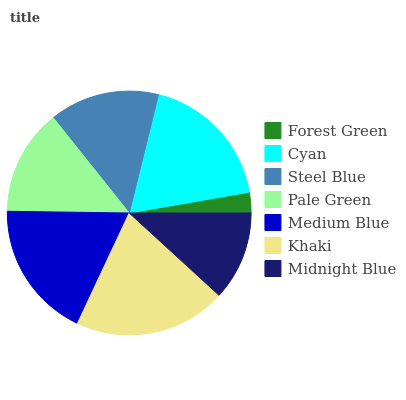
| Forest Green | Cyan | Steel Blue | Pale Green | Medium Blue | Khaki | Midnight Blue |
 | --- | --- | --- | --- | --- | --- | --- |
 | 2.73% | 18.4% | 14.6% | 14% | 18.3% | 20.2% | 11.8% |